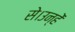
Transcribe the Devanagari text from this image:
से।उन्हें